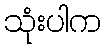
သုံးပါက